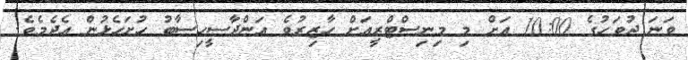
ވަނަ ދުވަހުގެ 10:00 އަށް މި މިނިސްޓްރީއަށް ހާޒިރުވެ އަންދާސީހިސާބު ހުށަހެޅުން އެދެމެވެ.